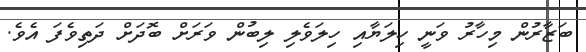
ބަޒާރުން މިހާރު ވަނީ ހިލަޔާއި ހިލަވެލި ލިބުން ވަރަށް ބޮދަށް ދަތިވެފަ އެވެ.